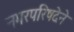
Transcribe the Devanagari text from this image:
नगरपरिषदेने